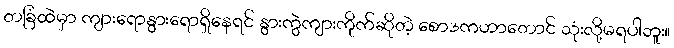
တခြံထဲမှာ ကျားရောနွားရောရှိနေရင် နွားကွဲကျားကိုက်ဆိုတဲ့ စောဒကဟာတောင် သုံးလို့မရပါဘူး။